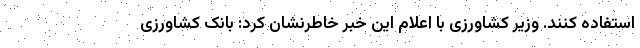
استفاده کنند. وزیر کشاورزی با اعلام این خبر خاطرنشان کرد: بانک کشاورزی